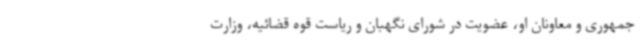
جمهوری و معاونان او، عضویت در شورای نگهبان و ریاست قوه قضائیه، وزارت